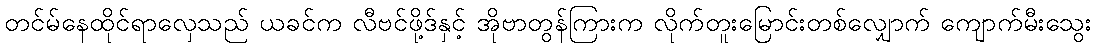
တင်မ်နေထိုင်ရာလှေသည် ယခင်က လီဗင်ဖို့ဒ်နှင့် အိုဗာတွန်ကြားက လိုက်တူးမြောင်းတစ်လျှောက် ကျောက်မီးသွေး